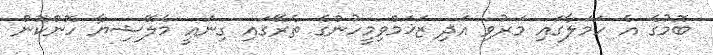
ބޮމުގެ އެ ހަމަލާގައި މަރުވި އަދި ޒަޚަމްވިމީހުންގެ ތެރޭގައި ގިނައީ މެލޭޝިޔާ ހޮންކޮން